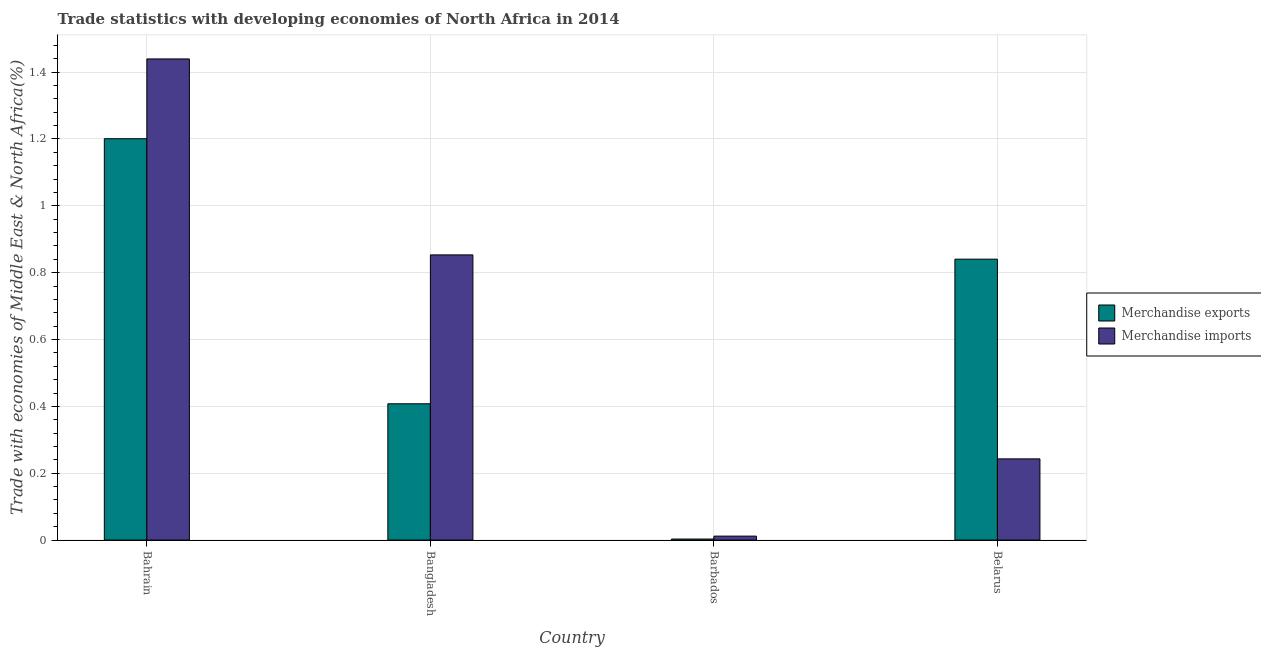
| Country | Merchandise exports | Merchandise imports |
 | --- | --- | --- |
 | Bahrain | 1.2 | 1.44 |
 | Bangladesh | 0.408 | 0.853 |
 | Barbados | 0.00314 | 0.0119 |
 | Belarus | 0.84 | 0.243 |